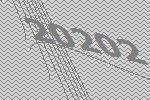
20202